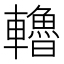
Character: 𨏗